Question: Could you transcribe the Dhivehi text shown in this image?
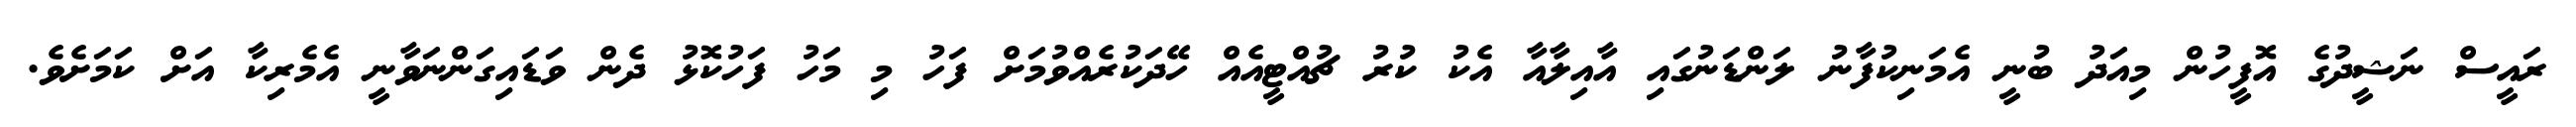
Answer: ރައީސް ނަޝީދުގެ އޮފީހުން މިއަދު ބުނީ އެމަނިކުފާނު ލަންޑަނުގައި އާއިލާއާ އެކު ކުރު ޗުއްޓީއެއް ހޭދަކުރެއްވުމަށް ފަހު މި މަހު ފަހުކޮޅު ދެން ވަޑައިގަންނަވާނީ އެމެރިކާ އަށް ކަމަށެވެ.